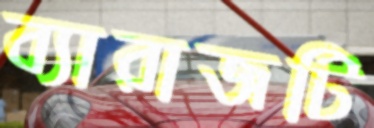
ব্যারাজটি